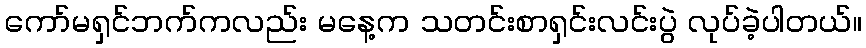
ကော်မရှင်ဘက်ကလည်း မနေ့က သတင်းစာရှင်းလင်းပွဲ လုပ်ခဲ့ပါတယ်။